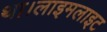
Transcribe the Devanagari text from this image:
था।लाइमलाइट